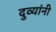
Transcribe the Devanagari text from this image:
दुव्यांनी